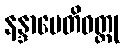
နန္ဒာပေတိဝတ္ထု